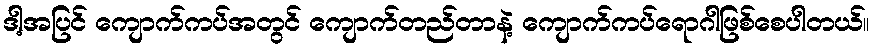
ဒါ့အပြင် ကျောက်ကပ်အတွင် ကျောက်တည်တာနဲ့ ကျောက်ကပ်ရောဂါဖြစ်စေပါတယ်။